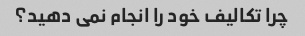
چرا تکالیف خود را انجام نمی دهید؟